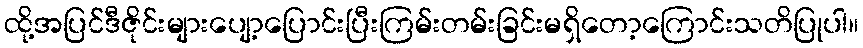
ထို့အပြင်ဒီဇိုင်းများပျော့ပြောင်းပြီးကြမ်းတမ်းခြင်းမရှိတော့ကြောင်းသတိပြုပါ။